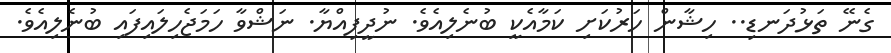
ގެނޭ ތަޅުދަނޑި.. ހިޝާން ހަރުކަށި ކަމާއެކީ ބުނެލިއެވެ. ނުދީފިއްޔާ. ނަޝްވާ ހަމަޖެހިލައިފައި ބުނެލިއެވެ.